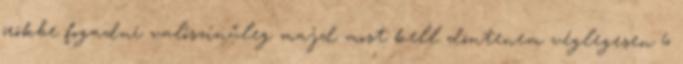
örökbe fogadni valószínűleg majd most kell döntenem véglegesen 6